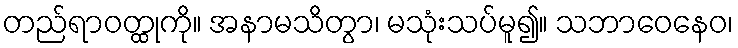
တည်ရာဝတ္ထုကို။ အနာမသိတွာ၊ မသုံးသပ်မူ၍။ သဘာဝေနေဝ၊